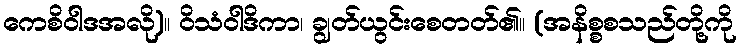
ကေစိဝါဒအလို)။ ဝိသံဝါဒိကာ၊ ချွတ်ယွင်းစေတတ်၏။ (အနိစ္စစသည်တို့ကို